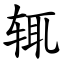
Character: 辄